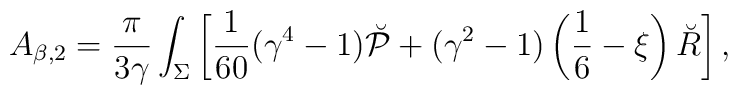
A_{\beta,2}={\pi \over 3\gamma}\int_{\Sigma}\left[{1 \over 60}(\gamma^4-1)\breve{\cal P}+(\gamma^2-1)\left(\frac 16-\xi\right) \breve{R} \right],